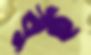
বুই